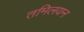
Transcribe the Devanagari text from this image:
तमिलयन